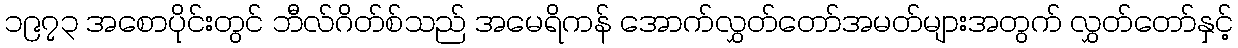
၁၉၇၃ အစောပိုင်းတွင် ဘီလ်ဂိတ်စ်သည် အမေရိကန် အောက်လွှတ်တော်အမတ်များအတွက် လွှတ်တော်နှင့်